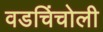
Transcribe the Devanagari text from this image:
वडचिंचोली